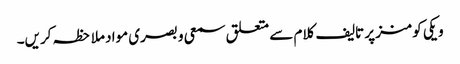
ویکی کومنز پر تالیف کلام سے متعلق سمعی و بصری مواد ملاحظہ کریں۔